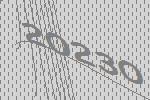
20230